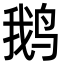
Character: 鹅